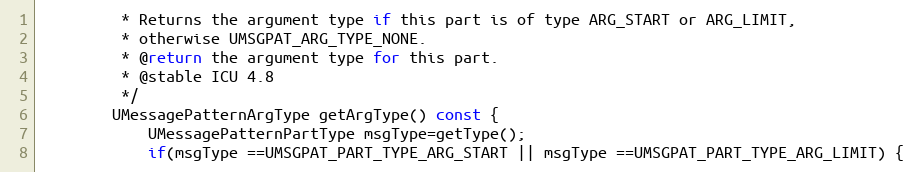
Language: C
         * Returns the argument type if this part is of type ARG_START or ARG_LIMIT,
         * otherwise UMSGPAT_ARG_TYPE_NONE.
         * @return the argument type for this part.
         * @stable ICU 4.8
         */
        UMessagePatternArgType getArgType() const {
            UMessagePatternPartType msgType=getType();
            if(msgType ==UMSGPAT_PART_TYPE_ARG_START || msgType ==UMSGPAT_PART_TYPE_ARG_LIMIT) {